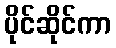
ပိုင်ဆိုင်ကာ